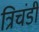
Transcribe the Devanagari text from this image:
त्रिचंडी